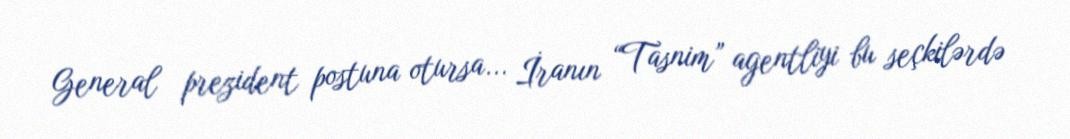
General prezident postuna otursa... İranın “Tasnim” agentliyi bu seçkilərdə